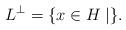
LaTeX: \begin{gather*}L^\perp= \{x \in H \mid \}. \end{gather*}